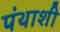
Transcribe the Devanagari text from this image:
पंथाशी